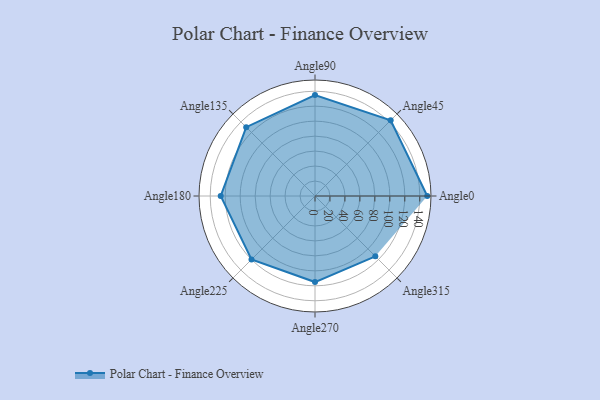
{"axis": {"x": "Angle", "y": "Radius"}, "legend": [""], "data": [{"x": "Angle0", "y": 150.0, "type": ""}, {"x": "Angle45", "y": 143.0, "type": ""}, {"x": "Angle90", "y": 135.0, "type": ""}, {"x": "Angle135", "y": 130.0, "type": ""}, {"x": "Angle180", "y": 126.0, "type": ""}, {"x": "Angle225", "y": 120.0, "type": ""}, {"x": "Angle270", "y": 115.0, "type": ""}, {"x": "Angle315", "y": 114.0, "type": ""}]}